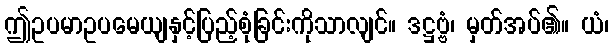
ဤဥပမာဥပမေယျနှင့်ပြည့်စုံခြင်းကိုသာလျင်။ ဒဋ္ဌဗ္ဗံ၊ မှတ်အပ်၏။ ယံ၊